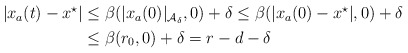
\begin{align*}\begin{aligned}|x_a(t)-x^\star| & \leq \beta(|x_a(0)|_{{\cal A}_\delta},0) + \delta \leq \beta(|x_a(0) - x^\star|,0) +\delta\\& \leq\beta(r_0,0) + \delta = r-d-\delta \end{aligned}\end{align*}